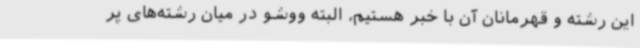
این رشته و قهرمانان آن با خبر هستیم، البته ووشو در میان رشته‌های پر